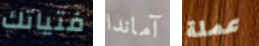
فتياتك آماندا عملة